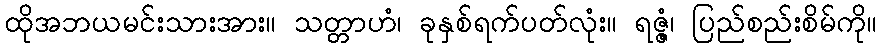
ထိုအဘယမင်းသားအား။ သတ္တာဟံ၊ ခုနှစ်ရက်ပတ်လုံး။ ရဇ္ဇံ၊ ပြည်စည်းစိမ်ကို။